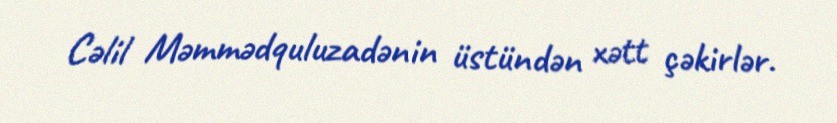
Cəlil Məmmədquluzadənin üstündən xətt çəkirlər.